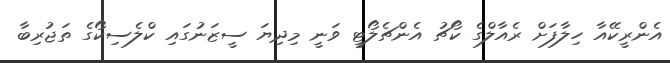
އެންރީކޭއާ ހިލާފަށް ރެއާލްގެ ކޯޗު އެންޗެލޯޓީ ވަނީ މިދިޔަ ސީޒަނުގައި ކްލެސިކޯގެ ތަޖުރިބާ